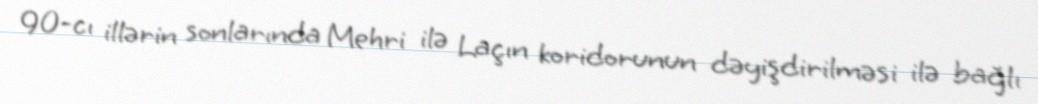
90-cı illərin sonlarında Mehri ilə Laçın koridorunun dəyişdirilməsi ilə bağlı